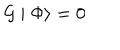
{ \cal G } \mid \Phi \rangle = 0